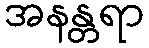
အနန္တရာ